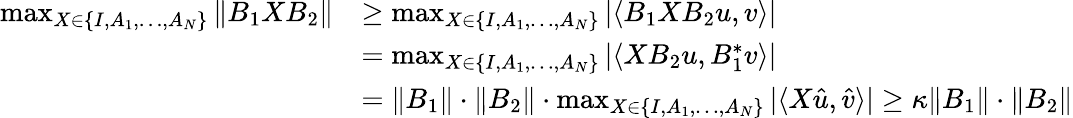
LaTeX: \begin{array}{rl}{\operatorname*{max}_{X\in\{ I,A_{1},\ldots,A_{N}\} }\| B_{1}XB_{2}\| }&{\geq\operatorname*{max}_{X\in\{ I,A_{1},\ldots,A_{N}\} }|\langle B_{1}XB_{2}u,v\rangle|}\\ &{=\operatorname*{max}_{X\in\{ I,A_{1},\ldots,A_{N}\} }|\langle XB_{2}u,B_{1}^{*}v\rangle|}\\ &{=\| B_{1}\| \cdot\| B_{2}\| \cdot\operatorname*{max}_{X\in\{ I,A_{1},\ldots,A_{N}\} }|\langle X\hat{u},\hat{v}\rangle|\geq\kappa\| B_{1}\| \cdot\| B_{2}\| }\end{array}